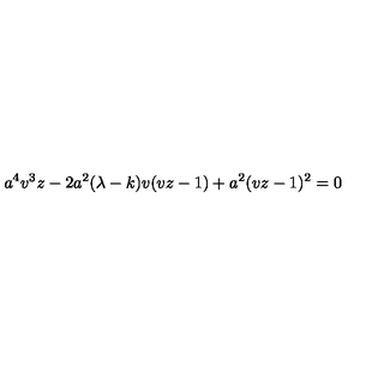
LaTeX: a ^ { 4 } v ^ { 3 } z - 2 a ^ { 2 } ( \lambda - k ) v ( v z - 1 ) + a ^ { 2 } ( v z - 1 ) ^ { 2 } = 0